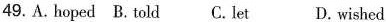
49.A.hoped B.told C.let D.wished